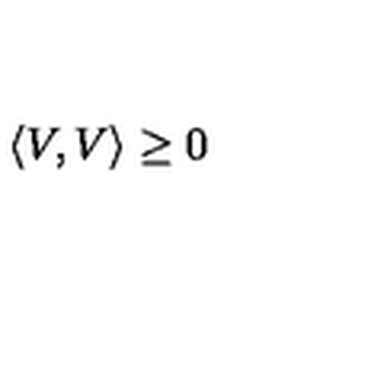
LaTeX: \left\langle V , V \right\rangle \geq 0